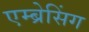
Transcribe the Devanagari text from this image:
एम्ब्रेसिंग